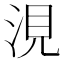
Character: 涀